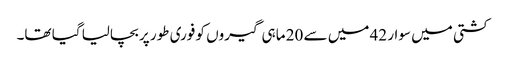
کشتی میں سوار 42 میں سے 20 ماہی گیروں کو فوری طور پر بچالیا گیا تھا۔